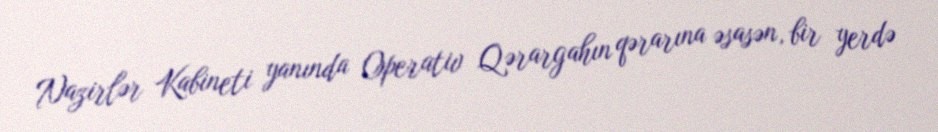
Nazirlər Kabineti yanında Operativ Qərargahın qərarına əsasən, bir yerdə